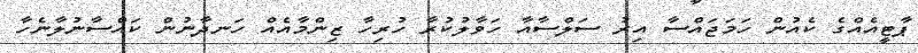
ޕާޓީއެއްގެ ކެއުން ހަމަޖައްސާ އިރު ސަލްސާއާ ހަވާލުކުރާ ހުރިހާ ޒިންމާއެއް ހަނދާނުން ކައްސާނުލާނެހާ